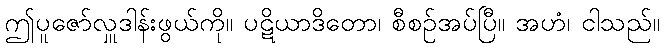
ဤပူဇော်လှူဒါန်းဖွယ်ကို။ ပဋိယာဒိတော၊ စီစဉ်အပ်ပြီ။ အဟံ၊ ငါသည်။